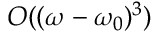
O ( ( \omega - \omega _ { 0 } ) ^ { 3 } )